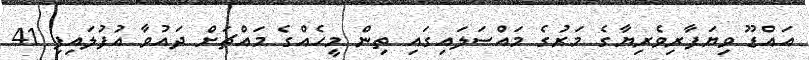
އައްޑޫ ވިޔަފާރިވެރިޔާގެ މަރުގެ މައްސަލައިގައި ތިން މީހެއްގެ މައްޗަށް ދައުވާ އުފުލައިފި 41